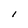
Character: l